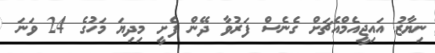
ނިޔާޒު އައިޖީއެމްއެޗަށް ގެނެސް ފަރުވާ ދޭން ފެށީ މިދިޔަ މަހުގެ 24 ވަނަ